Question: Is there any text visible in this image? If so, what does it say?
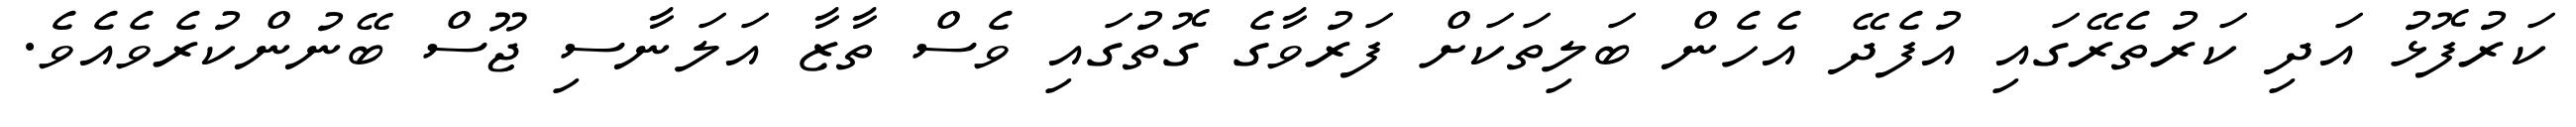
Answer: ކަރުފޮޅު އަދި ކަރުތެރޭގައި އުފެދޭ އެހެން ބަލިތަކަށް ފަރުވާގެ ގޮތުގައި ވެސް ތާޒާ އަލަނާސި ޖޫސް ބޭނުންކުރެވެއެވެ.